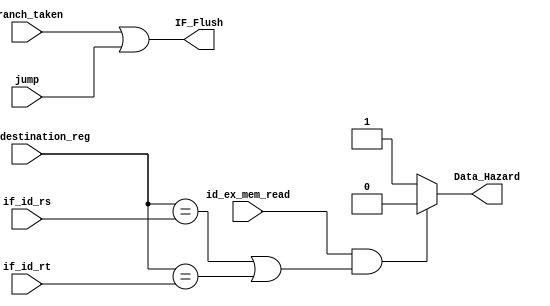
`timescale 1ns / 1ps


module Hazard_detection(
    input id_ex_mem_read,
    input [4:0]id_ex_destination_reg,
    input [4:0] if_id_rs, if_id_rt,
    input branch_taken, jump,
    output reg Data_Hazard,
    output reg IF_Flush
    );
    // Copy the code of this module from the lab manual.  

    always @(*)  
    begin   
	   if((id_ex_mem_read == 1'b1) &
	   ((id_ex_destination_reg == if_id_rs) | (id_ex_destination_reg == if_id_rt)) )
	       Data_Hazard = 1'b0;
	   else
	       Data_Hazard = 1'b1;
	       
	   IF_Flush = branch_taken | jump;
    end
endmodule